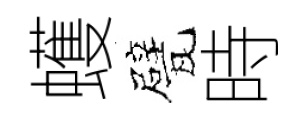
蠖甓時